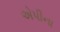
એપીના